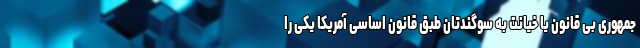
جمهوری بی قانون یا خیانت به سوگندتان طبق قانون اساسی آمریکا یکی را